Report on vaccination in Madras 1922-1929 - 1922-1929
Year: 1922
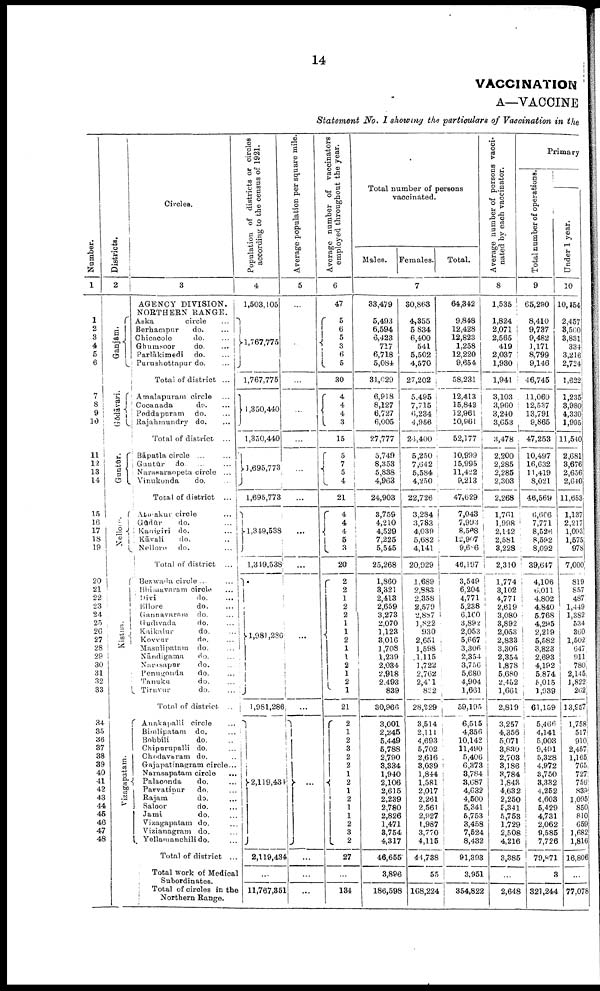
14
VACCINATION
A—VACCINE
Statement No. I showing the particulars of Vaccination in the
Number.
1
1
2
3
4
5
6
7
8
9
10
11
12
13
14
15
16
17
18
19
20
21
22
23
24
25
26
27
28
29
30
31
32
33
34
35
36
37
38
39
40
41
42
43
44
45
46
47
48
Districts.
2
Ganjām
Gōdāvari.
Guntúr.
Nellore.
Kistna.
Vizagapatam.
Circles.
i
3
AGENCY DIVISION.
NORTHERN RANGE.
Aska
circle …
Berhampur
do. …
Chicacole
do.
...
Ghumsoor
do. …
Parlākimedi
do. …
Purashottapur do. …
Total of district ...
Amalapurani circle …
Cocanada
do. …
Poddapuram do. …
Rajahmundry do. …
Total of district ...
Bāpatla circle ... ...
Guntūr do. ... ...
Naraearaopeta circle ...
Vinukonda
do. …
Total of district ...
Atmakur circle
...
Gūdūr
do.
...
Kanigiri do.
...
Kāvali
do. …
Nellore do. …
Total of district ...
Bezwada circle ... …
Bhimavaram circle …
Divi
do. …
Ellore
do. …
Gannavnram do. …
Gudivada
do. …
Kaikalur
do. …
Kovvur
do. …
Masulipatam do. …
Nāndigama
do. …
Narasapur
do. …
Penugonda
do.
...
Tanuku
do. …
Tiruvur
do. …
Total of district
Anakapalli circle …
Bimlipatam do. …
Bobbili
do. …
Chipurupalli do. …
Chodavaram do. …
Gajapatinagram circle ...
Narasapatam circle
...
Palaconda
do. …
Parvatipur
do. …
Rajam
do. …
Saloor
do. …
Jami
do. …
Vizagapatam do. …
Vizianagram do. …
Yellamanchili do. …
Total of district ...
Total work of Medical
Subordinates.
Total of circles in the
Northern Range.
Population of districts or circles
according to the census of 1921.
4
1,503,105
1,767,775
1,767,775
1,350,440
1,330,440
695,773
1,695,773
1,349,538
1,319,538
1,981,286
1,981,286
2,119,434
2,119,484
...
11,767,851
Average population per square mile
5
…
…
…
…
…
...
...
...
...
...
...
...
…
…
...
Average number of vaccinators
employed throughout the year.
6
47
5
6
5
3
6
5
30
4
4
4
3
15
5
7
5
4
21
4
4 4
5
3
20
2
2
1
2
2
1
1
2
1
1
2
1
2
1
21
2
1
2
3
2
2 1
2
1
2
1
1
2
3
2
27
...
184
Total number of persons
vaccinated.
Males.
33,479
5,493
6,594
6,423
717
6,718
5,084
31,029
6,918
8,127
6,727
6,005
27,777
5,749
8,353
5,838
4,963
24,903
3,759
4,210
4,529
7,225
5,545
25,268
1,860
3,321
2,413
2,659
3,273
2,070
1,123
3,016
1,708
1,239
2,034
2,918
2.493
839
30,966
3,001
2,245
5,449
5,788
2,790
3,334
1,940
2,106
2,615
2,239
2,780
2,826
1,471
3,754
4,317
46,655
3,896
186,598
Females.
7
30,863
4,355
5,834
6,400
541
5,502
4,570
27,202
5,495
7,715
6,234
4,956
24,400
5,250
7,642
5,584
4,250
22,726
3,284
3,783
4,039
5,682
4,141
20,929
1,689
2,883
2.358
2,579
2,887
1,822
930
2,651
1,598
1,115
1,722
2,762
2,411
822
28,229
3,514
2,111
4,693
5,702
2,616
3,639
1,844
1,581
2,017
2,261
2,561
2,927
1,987
3,770
4,115
44,788
55
168,224
Total.
64,342
9,848
12,428
12,823
1,258
12,220
9,654
58,231
12,413
15,842
12,961
10,961
52,177
10,999
15,995
11,422
9,213
47,629
7,043
7,993
8,568
12,907
9,686
46,197
3,549
6.204
4,771
5,238
6,160
3,892
2,053
5,667
3,306
2,354
3,756
5,680
4,904
1,661
59,195
6,515
4,356
10,142
11,490
5,406
6,373
8,784
8,687
4,632
4,500
5,341
5,753
3,458
7,624
8,432
91,393
3.951
354,822
Average number of persons vacci
nated by each vaccinator.
8
1,535
1,824
2,071
2,565
419
2,037
1,930
1,941
3,103
3,960
3,240
3,653
3,478
2,200
2,285
2,285
2,303
2,268
1,761
1,998
2,142
2,581
3,228
2,310
1,774
3,102
4,771
2,619
3,080
3,892
2,053
2,833
3,306
2,354
1,878
5,680
2,452
1,661
2,819
3,257
4,356
5,071
3,830
2,703
3,186
3,784
1,843
4,632
2,250
5,341
5,753
1,729
2,508
4,216
3,385
…
2,648
Primary
Total number of operations.
9
65,290
8,410
9,787
9,482
1,171
8,799
9,146
46,745
11,060
12,537
13,791
9,865
47,253
10,497
16,632
11,419
8,021
46,569
6,666
7,771
8,526
8,592
8,092
39,647
4,106
6.011
4,802
4,840
5,768
4,295
2,219
5,582
3,823
2,693
4,192
5,874
6,015
1,939
61,159
5,460
4,141
5,003
9,491
5,328
4,972
3,750
3,332
4,252
4,603
5,429
4,731
2,062
9,585
7,726
79,871
3
321,244
Under 1 year.
10
10,154
2,457
8,560
3,831
334
3,216
2,724
1,622
1,235
3,980
4,33l
1,995
11,540
2,681
3,676
2,656
2,640
11,653
1,137
2,217
1,093
1,575
978
7,000
819
857
487
1,449
1,382
534
360
1,502
647
911
780
2,145
1,822
262
13,957
1,758
517
9l0
2,457
1,165
765
727
756
839
1,095
850
810
659
1,682
1,816
16,806
…
77,078